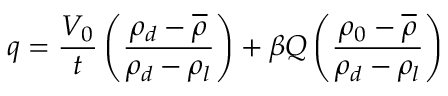
q = \frac { V _ { 0 } } { t } \left( \frac { \rho _ { d } - \overline { { \rho } } } { \rho _ { d } - \rho _ { l } } \right) + { \beta Q } \left( \frac { \rho _ { 0 } - \overline { { \rho } } } { \rho _ { d } - \rho _ { l } } \right)